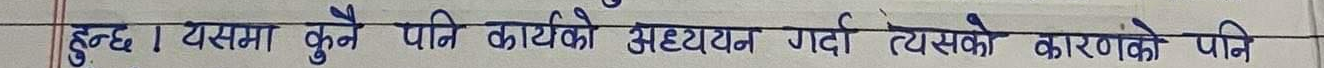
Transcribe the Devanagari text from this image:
हुन्छ। यसमा कुनै पनि कार्यको अध्ययन गर्दा त्यसको कारणको पनि